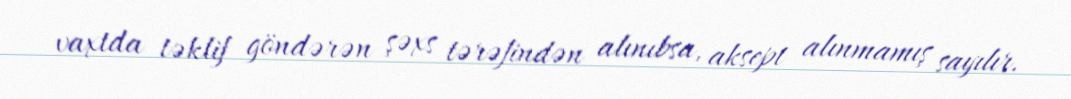
vaxtda təklif göndərən şəxs tərəfindən alınıbsa, aksept alınmamış sayılır.